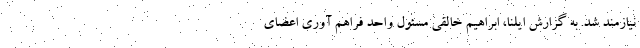
نیازمند شد. به گزارش ایلنا، ابراهیم خالقی مسئول واحد فراهم آوری اعضای